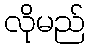
လိုမည်